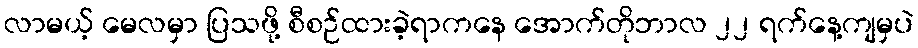
လာမယ့် မေလမှာ ပြသဖို့ စီစဉ်ထားခဲ့ရာကနေ အောက်တိုဘာလ ၂၂ ရက်နေ့ကျမှပဲ